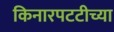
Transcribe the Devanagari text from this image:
किनारपटटीच्या